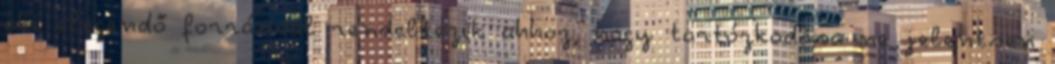
aki elegendő forrással rendelkezik ahhoz, hogy tartózkodása ne jelentsen